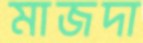
মাজদা